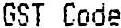
GST CODE